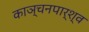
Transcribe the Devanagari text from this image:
काञ्चनपार्श्व